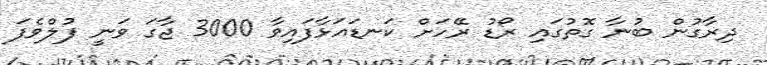
ދިރާގުން ބުނާ ގޮތުގައި ރޯޑު ރޭހަށް ކަނޑައަޅާފައިވާ 3000 ޖާގަ ވަނީ ފުލްވެފަ